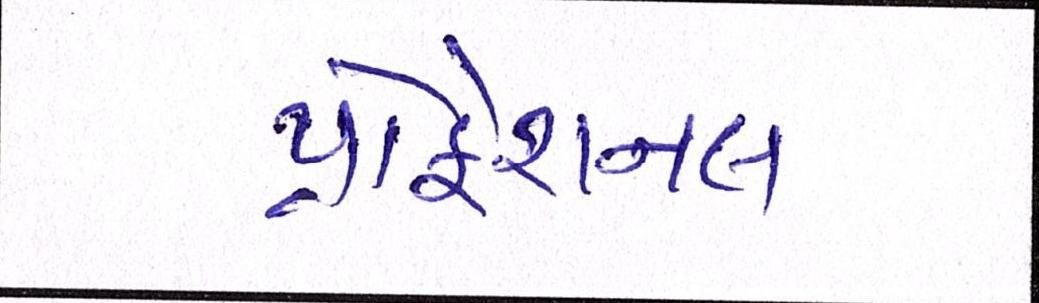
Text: પ્રોફેશનલ